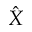
\hat { X }